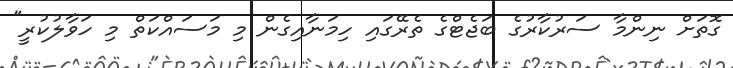
ގޮތަށް ނިންމާ ސަރުކާރުގެ ބަޖެޓްގެ ތެރޭގައި ހިމަނާއިގެން މި މަސައްކަތް މި ހަވާލުކުރީ"